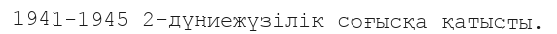
1941-1945 2-дүниежүзілік соғысқа қатысты.